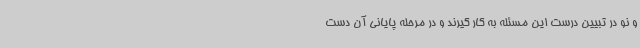
و نو در تبیین درست این مسئله به کار گیرند و در مرحله پایانی آن دست